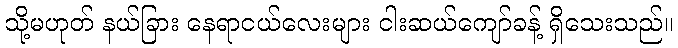
သို့မဟုတ် နယ်ခြား နေရာငယ်လေးများ ငါးဆယ်ကျော်ခန့် ရှိသေးသည်။